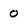
Character: o